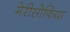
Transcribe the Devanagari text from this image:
मेरीसोफिया